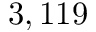
3 , 1 1 9